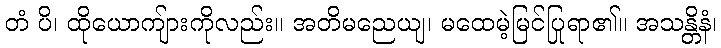
တံ ပိ၊ ထိုယောကျ်ားကိုလည်း။ အတိမညေယျ၊ မထေမဲ့မြင်ပြုရာ၏။ အသန္တိနံ၊